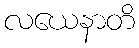
လယေနာတိ